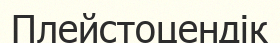
Плейстоцендік